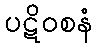
ပဋိဝစနံ